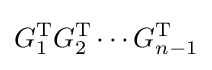
G_{1}^{\mathrm {T} }G_{2}^{\mathrm {T} }\dotsb G_{n-1}^{\mathrm {T} }